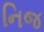
નિજ